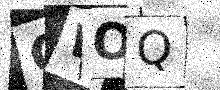
Text: OWOQ